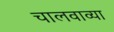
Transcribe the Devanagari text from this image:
चालवाव्या